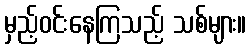
မှည့်ဝင်းနေကြသည့် သစ်များ။